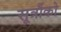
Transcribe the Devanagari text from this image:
सूत्रौंको